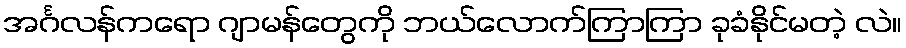
အင်္ဂလန်ကရော ဂျာမန်တွေကို ဘယ်လောက်ကြာကြာ ခုခံနိုင်မတဲ့ လဲ။